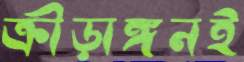
ক্রীড়াঙ্গনই